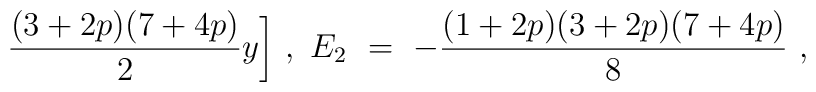
\frac{(3+2p)(7+4p)}{2}y\bigg]\ , \ E_2\ =\ -\frac{(1+2p)(3+2p)(7+4p)}{8}\ ,